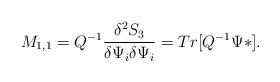
LaTeX: \begin{align*}M_{1,1} =Q^{-1}\frac{\delta^2 S_3}{\delta\Psi_i \delta\Psi_i} =Tr[Q^{-1}\Psi*]. \end{align*}